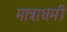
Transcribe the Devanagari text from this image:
मात्राधर्मी